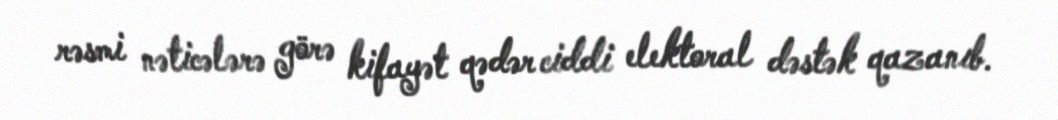
rəsmi nəticələrə görə kifayət qədər ciddi elektoral dəstək qazanıb.